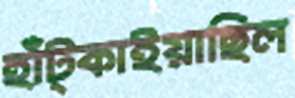
হাঁট্‌কাইয়াছিল